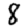
Digit: 8